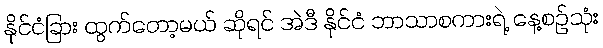
နိုင်ငံခြား ထွက်တော့မယ် ဆိုရင် အဲဒီ နိုင်ငံ ဘာသာစကားရဲ့ နေ့စဉ်သုံး